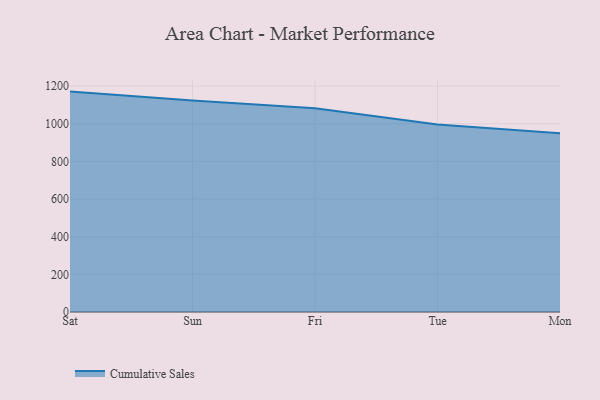
{"axis": {"x": "Day", "y": "Demand Index"}, "legend": ["Cumulative Sales"], "data": [{"x": "Sat", "y": 1170.4, "type": "Cumulative Sales"}, {"x": "Sun", "y": 1123.0, "type": "Cumulative Sales"}, {"x": "Fri", "y": 1081.4, "type": "Cumulative Sales"}, {"x": "Tue", "y": 995.6, "type": "Cumulative Sales"}, {"x": "Mon", "y": 949.2, "type": "Cumulative Sales"}]}